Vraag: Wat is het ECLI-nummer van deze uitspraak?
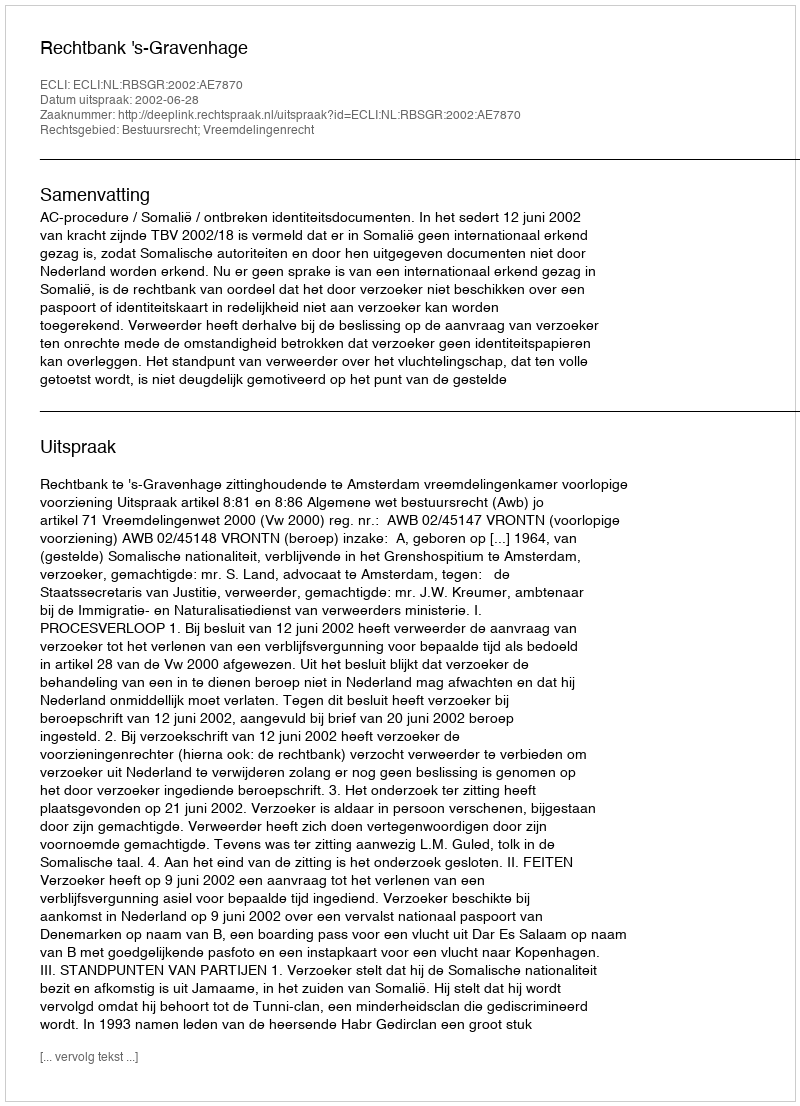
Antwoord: ECLI:NL:RBSGR:2002:AE7870